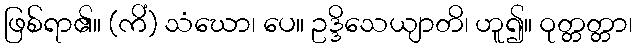
ဖြစ်ရာ၏။ (ကိံ) သံဃော၊ ပေ။ ဥဒ္ဒိသေယျာတိ၊ ဟူ၍။ ဝုတ္တတ္တာ၊